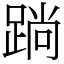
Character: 䠀